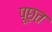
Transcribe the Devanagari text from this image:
पूछ़त